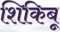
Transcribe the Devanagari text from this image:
शिकिबू